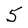
Character: 5